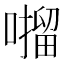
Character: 𫫶